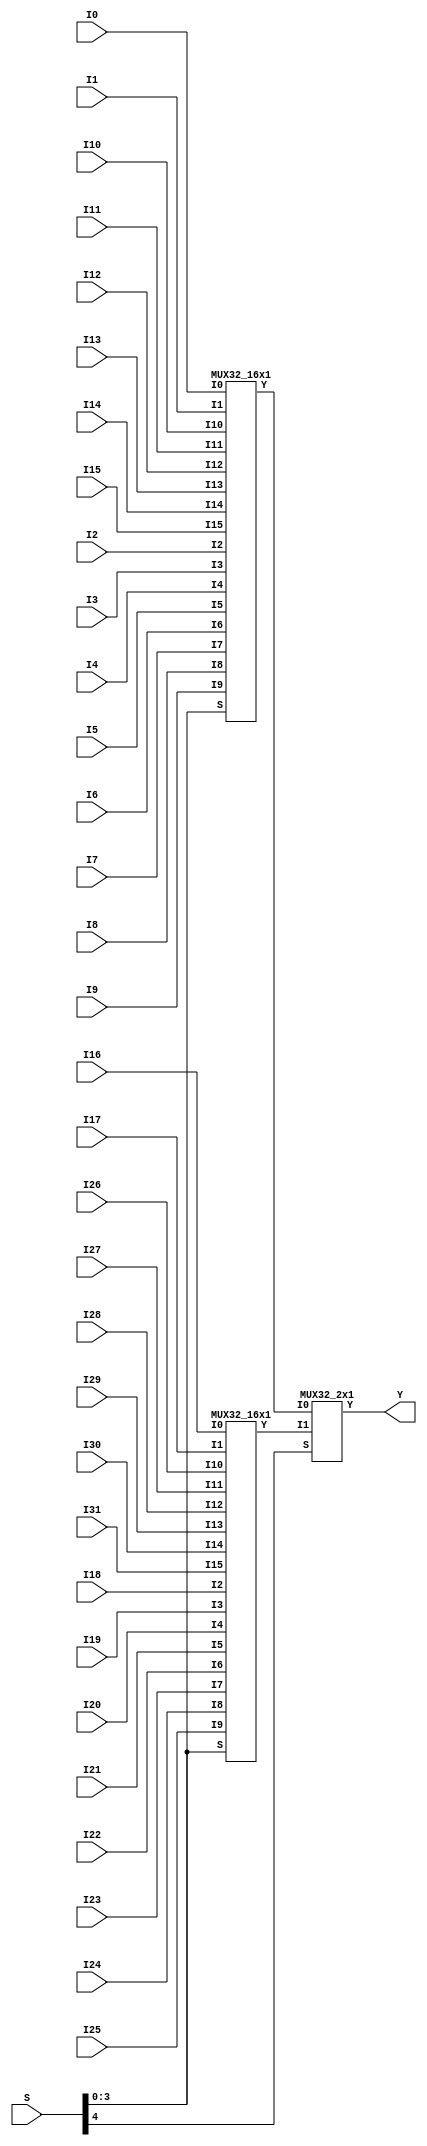
// Name: mux.v
// Module: 
// Input: 
// Output: 
//
// Notes: Common definitions
// 
//
// Revision History:
//
// Version	Date		Who		email			note
//------------------------------------------------------------------------------------------
//  1.0     Sep 02, 2014	Kaushik Patra	kpatra@sjsu.edu		Initial creation
//------------------------------------------------------------------------------------------
//
// 32-bit mux
module MUX32_32x1(Y, I0, I1, I2, I3, I4, I5, I6, I7,
                     I8, I9, I10, I11, I12, I13, I14, I15,
                     I16, I17, I18, I19, I20, I21, I22, I23,
                     I24, I25, I26, I27, I28, I29, I30, I31, S);
// output list
output [31:0] Y;
//input list
input [31:0] I0, I1, I2, I3, I4, I5, I6, I7;
input [31:0] I8, I9, I10, I11, I12, I13, I14, I15;
input [31:0] I16, I17, I18, I19, I20, I21, I22, I23;
input [31:0] I24, I25, I26, I27, I28, I29, I30, I31;
input [4:0] S;
//wire list
wire [31:0] m1, m2;

MUX32_16x1 mux0(.Y(m1), .I0(I0), .I1(I1), .I2(I2), .I3(I3), .I4(I4), .I5(I5), .I6(I6), .I7(I7), .I8(I8), .I9(I9), .I10(I10), .I11(I11), .I12(I12), .I13(I13), .I14(I14), .I15(I15), .S(S[3:0]));
MUX32_16x1 mux1(.Y(m2), .I0(I16), .I1(I17), .I2(I18), .I3(I19), .I4(I20), .I5(I21), .I6(I22), .I7(I23), .I8(I24), .I9(I25), .I10(I26), .I11(I27), .I12(I28), .I13(I29), .I14(I30), .I15(I31), .S(S[3:0]));
MUX32_2x1 mux2(.Y(Y), .I0(m1), .I1(m2), .S(S[4]));

endmodule

// 32-bit 16x1 mux
module MUX32_16x1(Y, I0, I1, I2, I3, I4, I5, I6, I7,
                     I8, I9, I10, I11, I12, I13, I14, I15, S);
// output list
output [31:0] Y;
//input list
input [31:0] I0;
input [31:0] I1;
input [31:0] I2;
input [31:0] I3;
input [31:0] I4;
input [31:0] I5;
input [31:0] I6;
input [31:0] I7;
input [31:0] I8;
input [31:0] I9;
input [31:0] I10;
input [31:0] I11;
input [31:0] I12;
input [31:0] I13;
input [31:0] I14;
input [31:0] I15;
input [3:0] S;
//wire list
wire [31:0] m1, m2;

MUX32_8x1 mux0(.Y(m1), .I0(I0), .I1(I1), .I2(I2), .I3(I3), .I4(I4), .I5(I5), .I6(I6), .I7(I7), .S(S[2:0]));
MUX32_8x1 mux1(.Y(m2), .I0(I8), .I1(I9), .I2(I10), .I3(I11), .I4(I12), .I5(I13), .I6(I14), .I7(I15), .S(S[2:0]));
MUX32_2x1 mux2(.Y(Y), .I0(m1), .I1(m2), .S(S[3]));

endmodule

// 32-bit 8x1 mux
module MUX32_8x1(Y, I0, I1, I2, I3, I4, I5, I6, I7, S);
// output list
output [31:0] Y;
//input list
input [31:0] I0;
input [31:0] I1;
input [31:0] I2;
input [31:0] I3;
input [31:0] I4;
input [31:0] I5;
input [31:0] I6;
input [31:0] I7;
input [2:0] S;
//wire list
wire [31:0] m1, m2;

MUX32_4x1 mux0(.Y(m1), .I0(I0), .I1(I1), .I2(I2), .I3(I3), .S(S[1:0]));
MUX32_4x1 mux1(.Y(m2), .I0(I4), .I1(I5), .I2(I6), .I3(I7), .S(S[1:0]));
MUX32_2x1 mux2(.Y(Y), .I0(m1), .I1(m2), .S(S[2]));


endmodule

// 32-bit 4x1 mux
module MUX32_4x1(Y, I0, I1, I2, I3, S);
// output list
output [31:0] Y;
//input list
input [31:0] I0;
input [31:0] I1;
input [31:0] I2;
input [31:0] I3;
input [1:0] S;
//wire list
wire [31:0] m1, m2;

MUX32_2x1 mux1(.Y(m1), .I0(I0), .I1(I1), .S(S[0]));
MUX32_2x1 mux2(.Y(m2), .I0(I2), .I1(I3), .S(S[0]));
MUX32_2x1 mux3(.Y(Y), .I0(m1), .I1(m2), .S(S[1]));

endmodule

// 32-bit mux
module MUX32_2x1(Y, I0, I1, S);
// output list
output [31:0] Y;
//input list
input [31:0] I0;
input [31:0] I1;
input S;

genvar i;
generate
for(i=0; i<32; i=i+1)
begin: x1muxGen
MUX1_2x1 inst(.Y(Y[i]), .I0(I0[i]), .I1(I1[i]), .S(S));
end
endgenerate

endmodule

// 1-bit mux
module MUX1_2x1(Y,I0, I1, S);
//output list
output Y;
//input list
input I0, I1, S;
//wire list
wire nr, ar1, ar2;

not(nr, S);
and(ar1, I0, nr);
and(ar2, I1, S);
or(Y, ar1, ar2);

endmodule